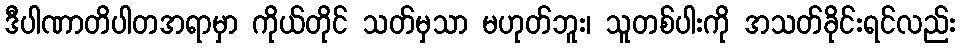
ဒီပါဏာတိပါတအရာမှာ ကိုယ်တိုင် သတ်မှသာ မဟုတ်ဘူး၊ သူတစ်ပါးကို အသတ်ခိုင်းရင်လည်း